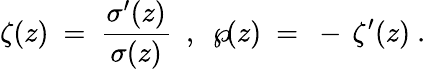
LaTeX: \zeta(z)~=~{\frac{\sigma^{\prime}(z)}{\sigma(z)}}~~,~~\wp\! (z)~=~-\, \zeta^{\prime}(z)~.